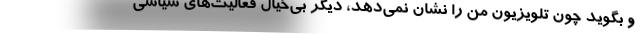
و بگوید چون تلویزیون من را نشان نمی‌دهد، دیگر بی‌خیال فعالیت‌های سیاسی